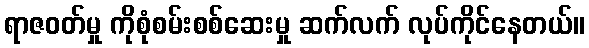
ရာဇဝတ်မှု ကိုစုံစမ်းစစ်ဆေးမှု ဆက်လက် လုပ်ကိုင်နေတယ်။